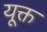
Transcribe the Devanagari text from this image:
यूक्त